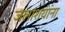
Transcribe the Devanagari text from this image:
जलाशयांना